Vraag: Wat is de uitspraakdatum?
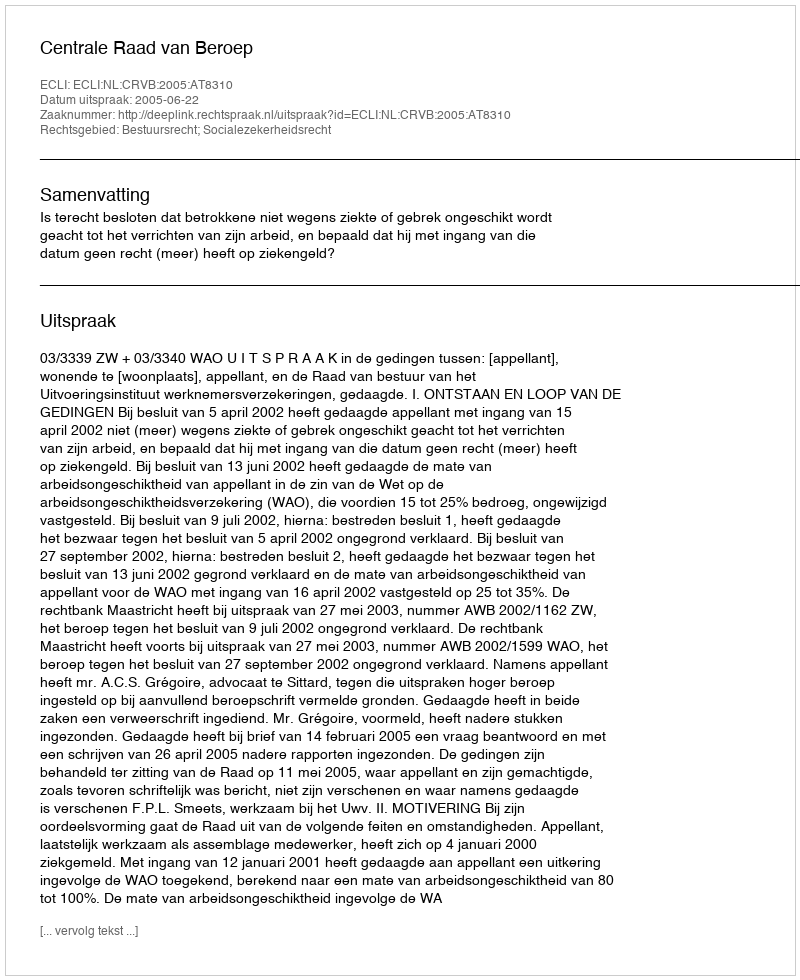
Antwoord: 2005-06-22